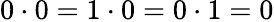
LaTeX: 0\cdot 0=1\cdot 0=0\cdot 1=0